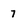
Character: 7